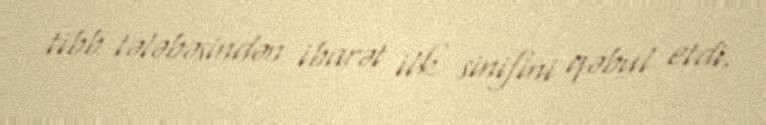
tibb tələbəsindən ibarət ilk sinifini qəbul etdi.